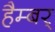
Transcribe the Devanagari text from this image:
हैम्बर्